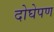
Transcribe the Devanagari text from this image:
दोघेपण